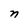
Character: n